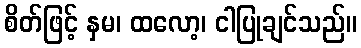
စိတ်ဖြင့် နှမ၊ ထလော့၊ ငါပြုချင်သည်။